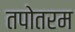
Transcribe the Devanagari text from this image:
तपोतरम